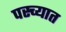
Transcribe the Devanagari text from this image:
पस्च्यात